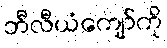
ဘီလီယံကျော်ကို